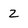
Character: 2